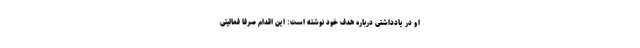
او در یادداشتی درباره هدف خود نوشته است: این اقدام صرفاً فعالیتی